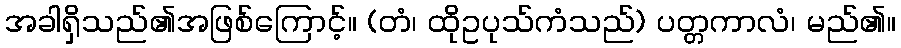
အခါရှိသည်၏အဖြစ်ကြောင့်။ (တံ၊ ထိုဥပုသ်ကံသည်) ပတ္တကာလံ၊ မည်၏။